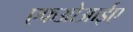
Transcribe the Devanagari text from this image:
एफओआईए